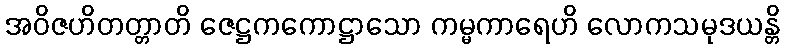
အဝိဇဟိတတ္တာတိ ဇေဋ္ဌကကောဋ္ဌာသော ကမ္မကာရေဟိ လောကသမုဒယန္တိ